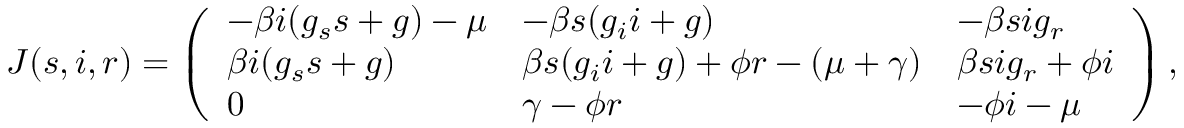
\begin{array} { r } { J ( s , i , r ) = \left( \begin{array} { l l l } { - \beta i ( g _ { s } s + g ) - \mu } & { - \beta s ( g _ { i } i + g ) } & { - \beta s i g _ { r } } \\ { \beta i ( g _ { s } s + g ) } & { \beta s ( g _ { i } i + g ) + \phi r - ( \mu + \gamma ) } & { \beta s i g _ { r } + \phi i } \\ { 0 } & { \gamma - \phi r } & { - \phi i - \mu } \end{array} \right) , } \end{array}